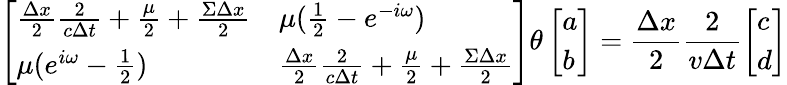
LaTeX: \left[\begin{array}{ll}{\frac{\Delta x}{2}\frac{2}{c\Delta t}+\frac{\mu}{2}+\frac{\Sigma\Delta x}{2}}&{\mu(\frac{1}{2}-e^{-i\omega})}\\ {\mu(e^{i\omega}-\frac{1}{2})}&{\frac{\Delta x}{2}\frac{2}{c\Delta t}+\frac{\mu}{2}+\frac{\Sigma\Delta x}{2}}\end{array}\right]\theta\left[\begin{array}{l}{a}\\ {b}\end{array}\right]=\frac{\Delta x}{2}\frac{2}{v\Delta t}\left[\begin{array}{l}{c}\\ {d}\end{array}\right]